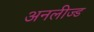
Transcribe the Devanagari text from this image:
अनलीज्ड